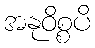
အနုဝိစ္စပိ